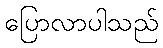
ပြောလာပါသည်